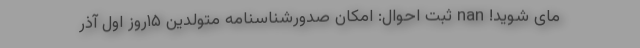
مای شوید! nan ثبت احوال: امکان صدورشناسنامه متولدین ۱۵روز اول آذر